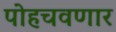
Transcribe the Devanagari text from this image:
पोहचवणार